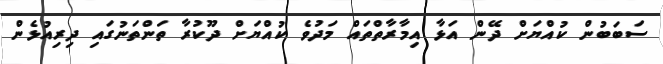
ސަބަބުން ކުއްޔަށް ދޭން އަޅާ އިމާރާތްތައް މަދުވެ ކުއްޔަށް ދޫކުރާ ތަންތަނުގައި ދިރިއުޅެން